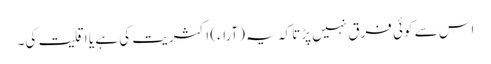
اس سے کوئی فرق نہیں پڑتا کہ یہ (آراء) اکثریت کی ہے یا اقلیت کی۔